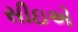
સીઇએ